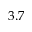
3 . 7